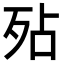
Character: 𭮆